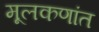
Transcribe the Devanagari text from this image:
मूलकणांत